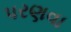
પરણવા